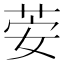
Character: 荌